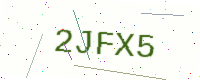
Text: 2JFX5